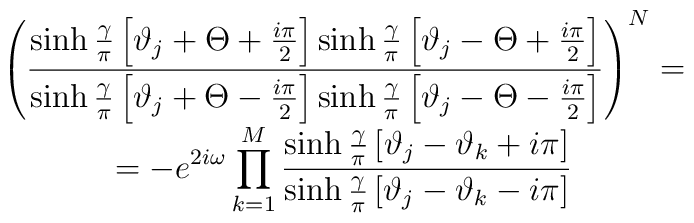
\begin{array}{c}\displaystyle \left( \frac{\sinh \frac{\gamma }{\pi }\left[ \vartheta _{j}+\Theta +\frac{i\pi }{2}\right] \sinh \frac{\gamma }{\pi }\left[ \vartheta _{j}-\Theta +\frac{i\pi }{2}\right] }{\sinh \frac{\gamma }{\pi }\left[ \vartheta _{j}+\Theta -\frac{i\pi }{2}\right] \sinh \frac{\gamma }{\pi }\left[ \vartheta _{j}-\Theta -\frac{i\pi }{2}\right] }\right) ^{N}=\\=\displaystyle -e^{2i\omega }\prod _{k=1}^{M}\frac{\sinh \frac{\gamma }{\pi }\left[ \vartheta _{j}-\vartheta _{k}+i\pi \right] }{\sinh \frac{\gamma }{\pi }\left[ \vartheta _{j}-\vartheta _{k}-i\pi \right] }\end{array}